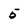
Character: 5